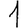
Digit: 1